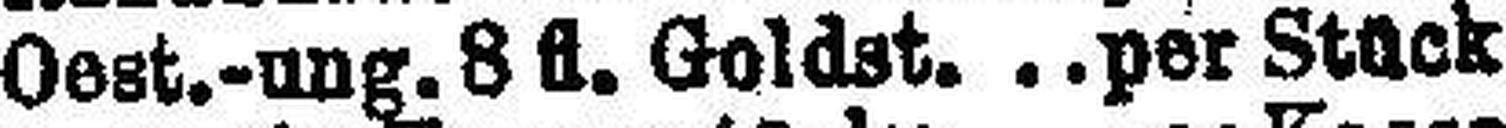
Oest.-ung. 8 fl. Goldst. per Stück